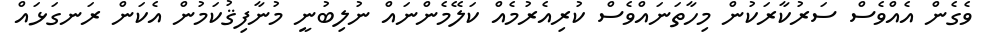
ވެގެން އެއްވެސް ސަރުކާރަކުން މިހާތަނައްވެސް ކުރިއެރުމެއް ކަލޭމެންނައް ނުލިބުނީ މުނާފިޤުކަމުން އެކަން ރަނގަޅައް